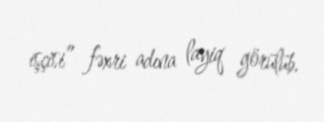
işçisi” fəxri adına layiq görülüb.